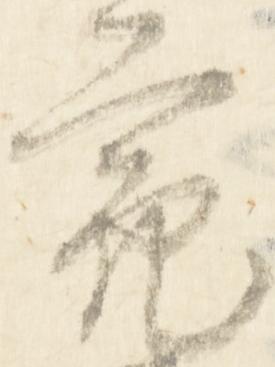
亮